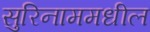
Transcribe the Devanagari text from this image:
सुरिनाममधील